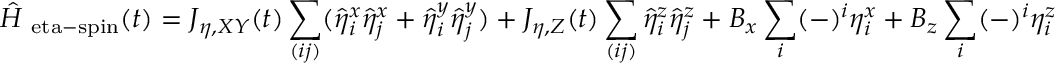
\hat { H } _ { \mathrm { \ e t a - s p i n } } ( t ) = J _ { \eta , X Y } ( t ) \sum _ { ( i j ) } ( \hat { \eta } _ { i } ^ { x } \hat { \eta } _ { j } ^ { x } + \hat { \eta } _ { i } ^ { y } \hat { \eta } _ { j } ^ { y } ) + J _ { \eta , Z } ( t ) \sum _ { ( i j ) } \hat { \eta } _ { i } ^ { z } \hat { \eta } _ { j } ^ { z } + B _ { x } \sum _ { i } ( - ) ^ { i } \eta _ { i } ^ { x } + B _ { z } \sum _ { i } ( - ) ^ { i } \eta _ { i } ^ { z }